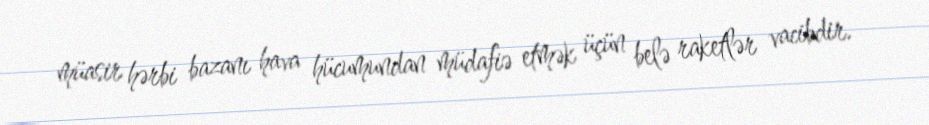
müasir hərbi bazanı hava hücumundan müdafiə etmək üçün belə raketlər vacibdir.